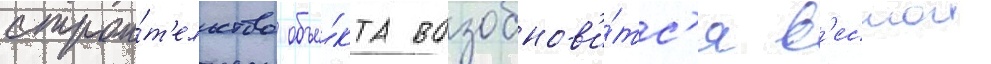
строи́т'ельство объе́кта возобнов'и́тс'я в'еснои